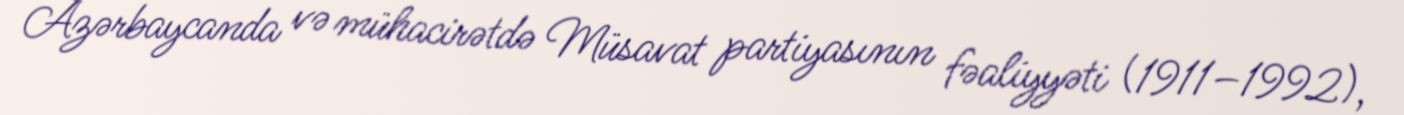
Azərbaycanda və mühacirətdə Müsavat partiyasının fəaliyyəti (1911–1992),